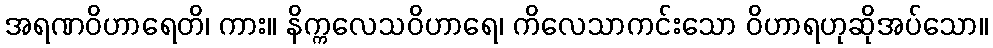
အရဏဝိဟာရေတိ၊ ကား။ နိက္ကလေသဝိဟာရေ၊ ကိလေသာကင်းသော ဝိဟာရဟုဆိုအပ်သော။